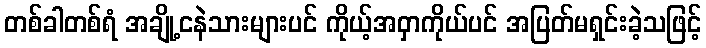
တစ်ခါတစ်ရံ အချို့ငနဲသားများပင် ကိုယ့်အဝှာကိုယ်ပင် အပြတ်မရှင်းခဲ့သဖြင့်